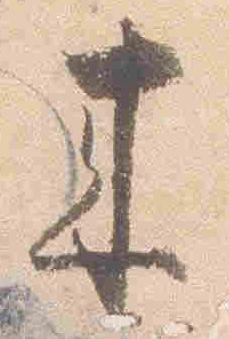
来